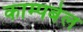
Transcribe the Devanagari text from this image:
काम्पबेल